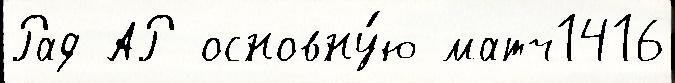
Рад АР основну́ю матч1416